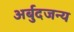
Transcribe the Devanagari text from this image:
अर्बुदजन्य